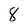
Character: 8